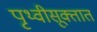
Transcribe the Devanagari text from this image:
पृथ्वीसूक्तात